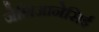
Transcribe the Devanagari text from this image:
जेशिआनेसिई